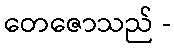
တေဇောသည် -